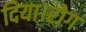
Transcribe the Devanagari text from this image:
दिया।रोग